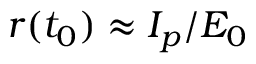
r ( t _ { 0 } ) \approx I _ { p } / E _ { 0 }